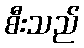
စီးသည်